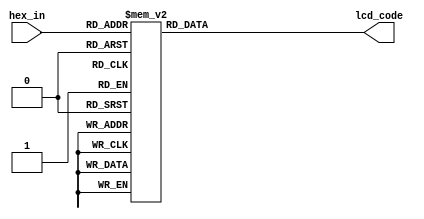
`timescale 1ns/1ps
///////////////////////////////////////
// 
//////////////////////////////////////
module lcd_decode(lcd_code, hex_in);
	input [3:0] hex_in;
	output reg [7:0] lcd_code;

	always @(hex_in)
		case(hex_in)
			0:  lcd_code<=8'h30;
			1:  lcd_code<=8'h31;
			2:  lcd_code<=8'h32;
			3:  lcd_code<=8'h33;
			4:  lcd_code<=8'h34;
			5:  lcd_code<=8'h35;
			6:  lcd_code<=8'h36;
			7:  lcd_code<=8'h37;
			8:  lcd_code<=8'h38;
			9:  lcd_code<=8'h39;
			10: lcd_code<=8'h41;
			11: lcd_code<=8'h42;
			12: lcd_code<=8'h43;
			13: lcd_code<=8'h44;
			14: lcd_code<=8'h45;
			15: lcd_code<=8'h46;
		endcase
	
endmodule